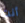
أنت